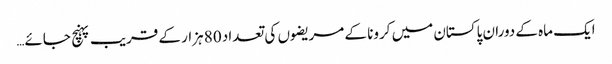
ایک ماہ کے دوران پاکستان میں کرونا کے مریضوں کی تعداد 80 ہزار کے قریب پہنچ جائے…